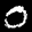
Label: 0